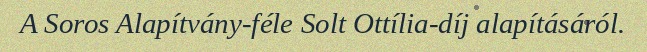
A Soros Alapítvány-féle Solt Ottília-díj alapításáról.